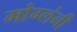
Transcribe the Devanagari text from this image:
मोग्लंनी